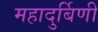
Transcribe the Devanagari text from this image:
महादुर्बिणी